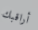
أراقبك